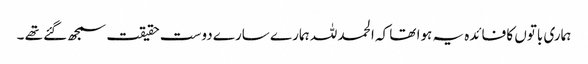
ہماری باتوں کا فائدہ یہ ہوا تھا کہ الحمد للہ ہمارے سارے دوست حقیقت سمجھ گئے تھے ۔